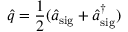
\hat { q } = \frac { 1 } { 2 } ( \hat { a } _ { \mathrm { s i g } } + \hat { a } _ { \mathrm { s i g } } ^ { \dagger } )